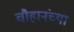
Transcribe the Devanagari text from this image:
चौहानंच्या